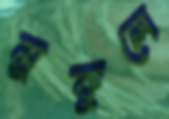
মুকুলে